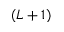
( L + 1 )